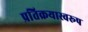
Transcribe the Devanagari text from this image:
प्रतिक्रयास्वरूप